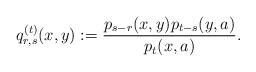
LaTeX: \begin{align*}q_{r,s}^{(t)}(x,y) := \frac{p_{s-r}(x,y) p_{t-s}(y,a)}{p_t(x,a)}.\end{align*}